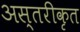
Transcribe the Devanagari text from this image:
अस्तरीकृत